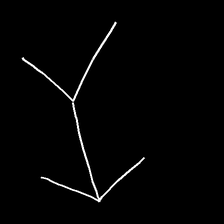
Glyph: gather